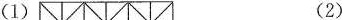
(1) (2)